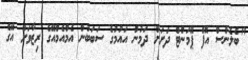
"ބެލެންސް އޮފް ޕޭމަންޓް ދަށަށް ދަމުން އައުމުގެ ސަބަބުން އެމްއެމްއޭގެ ރިޒާވަށް އޭގެ